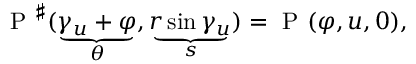
\mathrm { ~ P ~ } ^ { \sharp } ( \underbrace { \gamma _ { u } + \varphi } _ { \theta } , \underbrace { r \sin \gamma _ { u } } _ { s } ) = \mathrm { ~ P ~ } ( \varphi , u , 0 ) ,